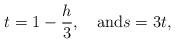
LaTeX: \begin{align*}t = 1 - \frac{h}{3},\quad\mbox{and}s=3t,\end{align*}